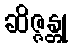
ဆိဇ္ဇန္တု